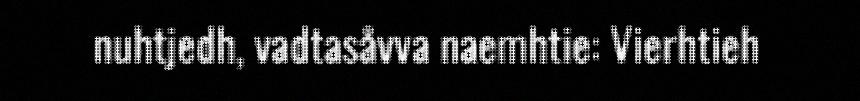
nuhtjedh, vadtasåvva naemhtie: Vierhtieh